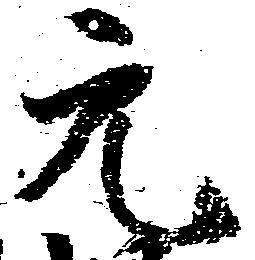
元